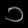
Digit: ၁